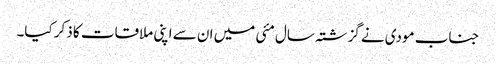
جناب مودی نے گزشتہ سال مئی میں ان سے اپنی ملاقات کا ذکر کیا۔